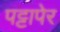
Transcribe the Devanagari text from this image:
पट्टापेर